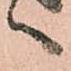
へ